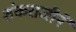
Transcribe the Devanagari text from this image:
शंकराजीने